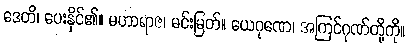
ဒေတိ၊ ပေးနိုင်၏။ မဟာရာဇ၊ မင်းမြတ်။ ယေဂုဏေ၊ အကြင်ဂုဏ်တို့ကို။